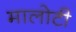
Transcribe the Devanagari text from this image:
मालोटी